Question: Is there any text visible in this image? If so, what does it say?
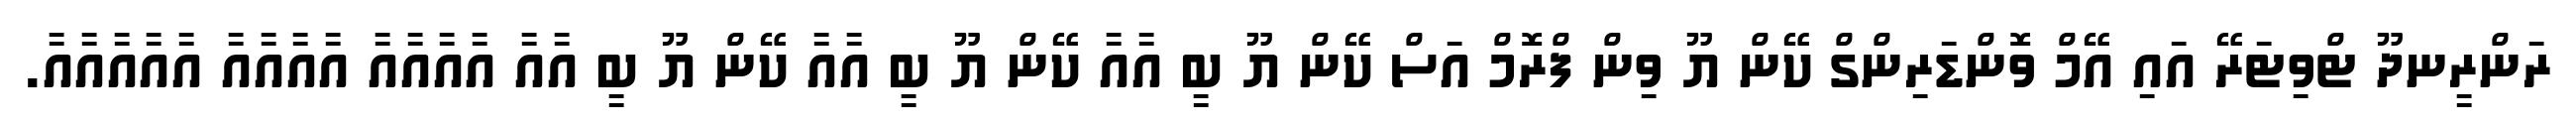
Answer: ރަންރީނދޫ ޓްވިޓަރޭ އައި އޭމް ވޮންޑަރިންގް ކޭން ޔޫ ވިން ފްރޮމް އަސް ކޭން ޔޫ ބީ އާއާ ކޭން ޔޫ ބީ އާއާ ކޭން ޔޫ ބީ އާއާ އާއާއާއާ އާއާއާއާ އާއާއާއާއާ.